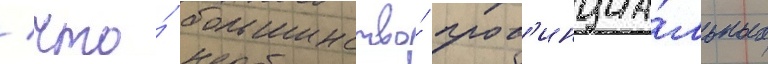
/ что́ большинство́ пров'инциа́льных